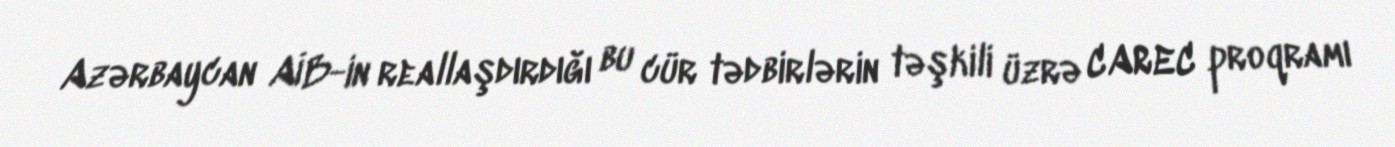
Azərbaycan AİB-in reallaşdırdığı bu cür tədbirlərin təşkili üzrə CAREC proqramı